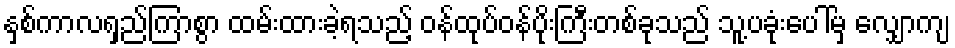
နှစ်ကာလရှည်ကြာစွာ ထမ်းထားခဲ့ရသည့် ဝန်ထုပ်ဝန်ပိုးကြီးတစ်ခုသည် သူ့ပခုံးပေါ်မှ လျှောကျ